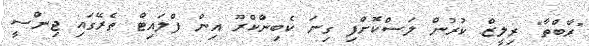
"ރާބްތާ" ރިލީޒް ކުރުން ލަސްކޮށްފި ގިނަ ކެބިންކްރޫ އިން ފްލައިޓް ތެރޭގައި ޖިންސީ